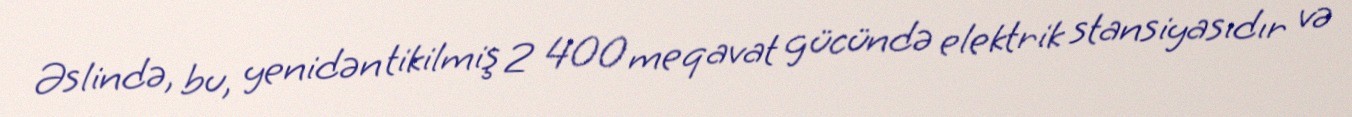
Əslində, bu, yenidən tikilmiş 2 400 meqavat gücündə elektrik stansiyasıdır və